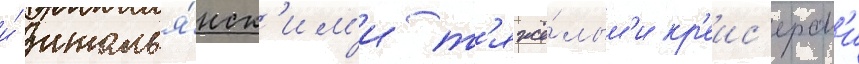
и́ италья́нск'им'и т'яжё́лым'и кр'еис'ерам'и